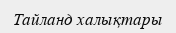
Тайланд халықтары